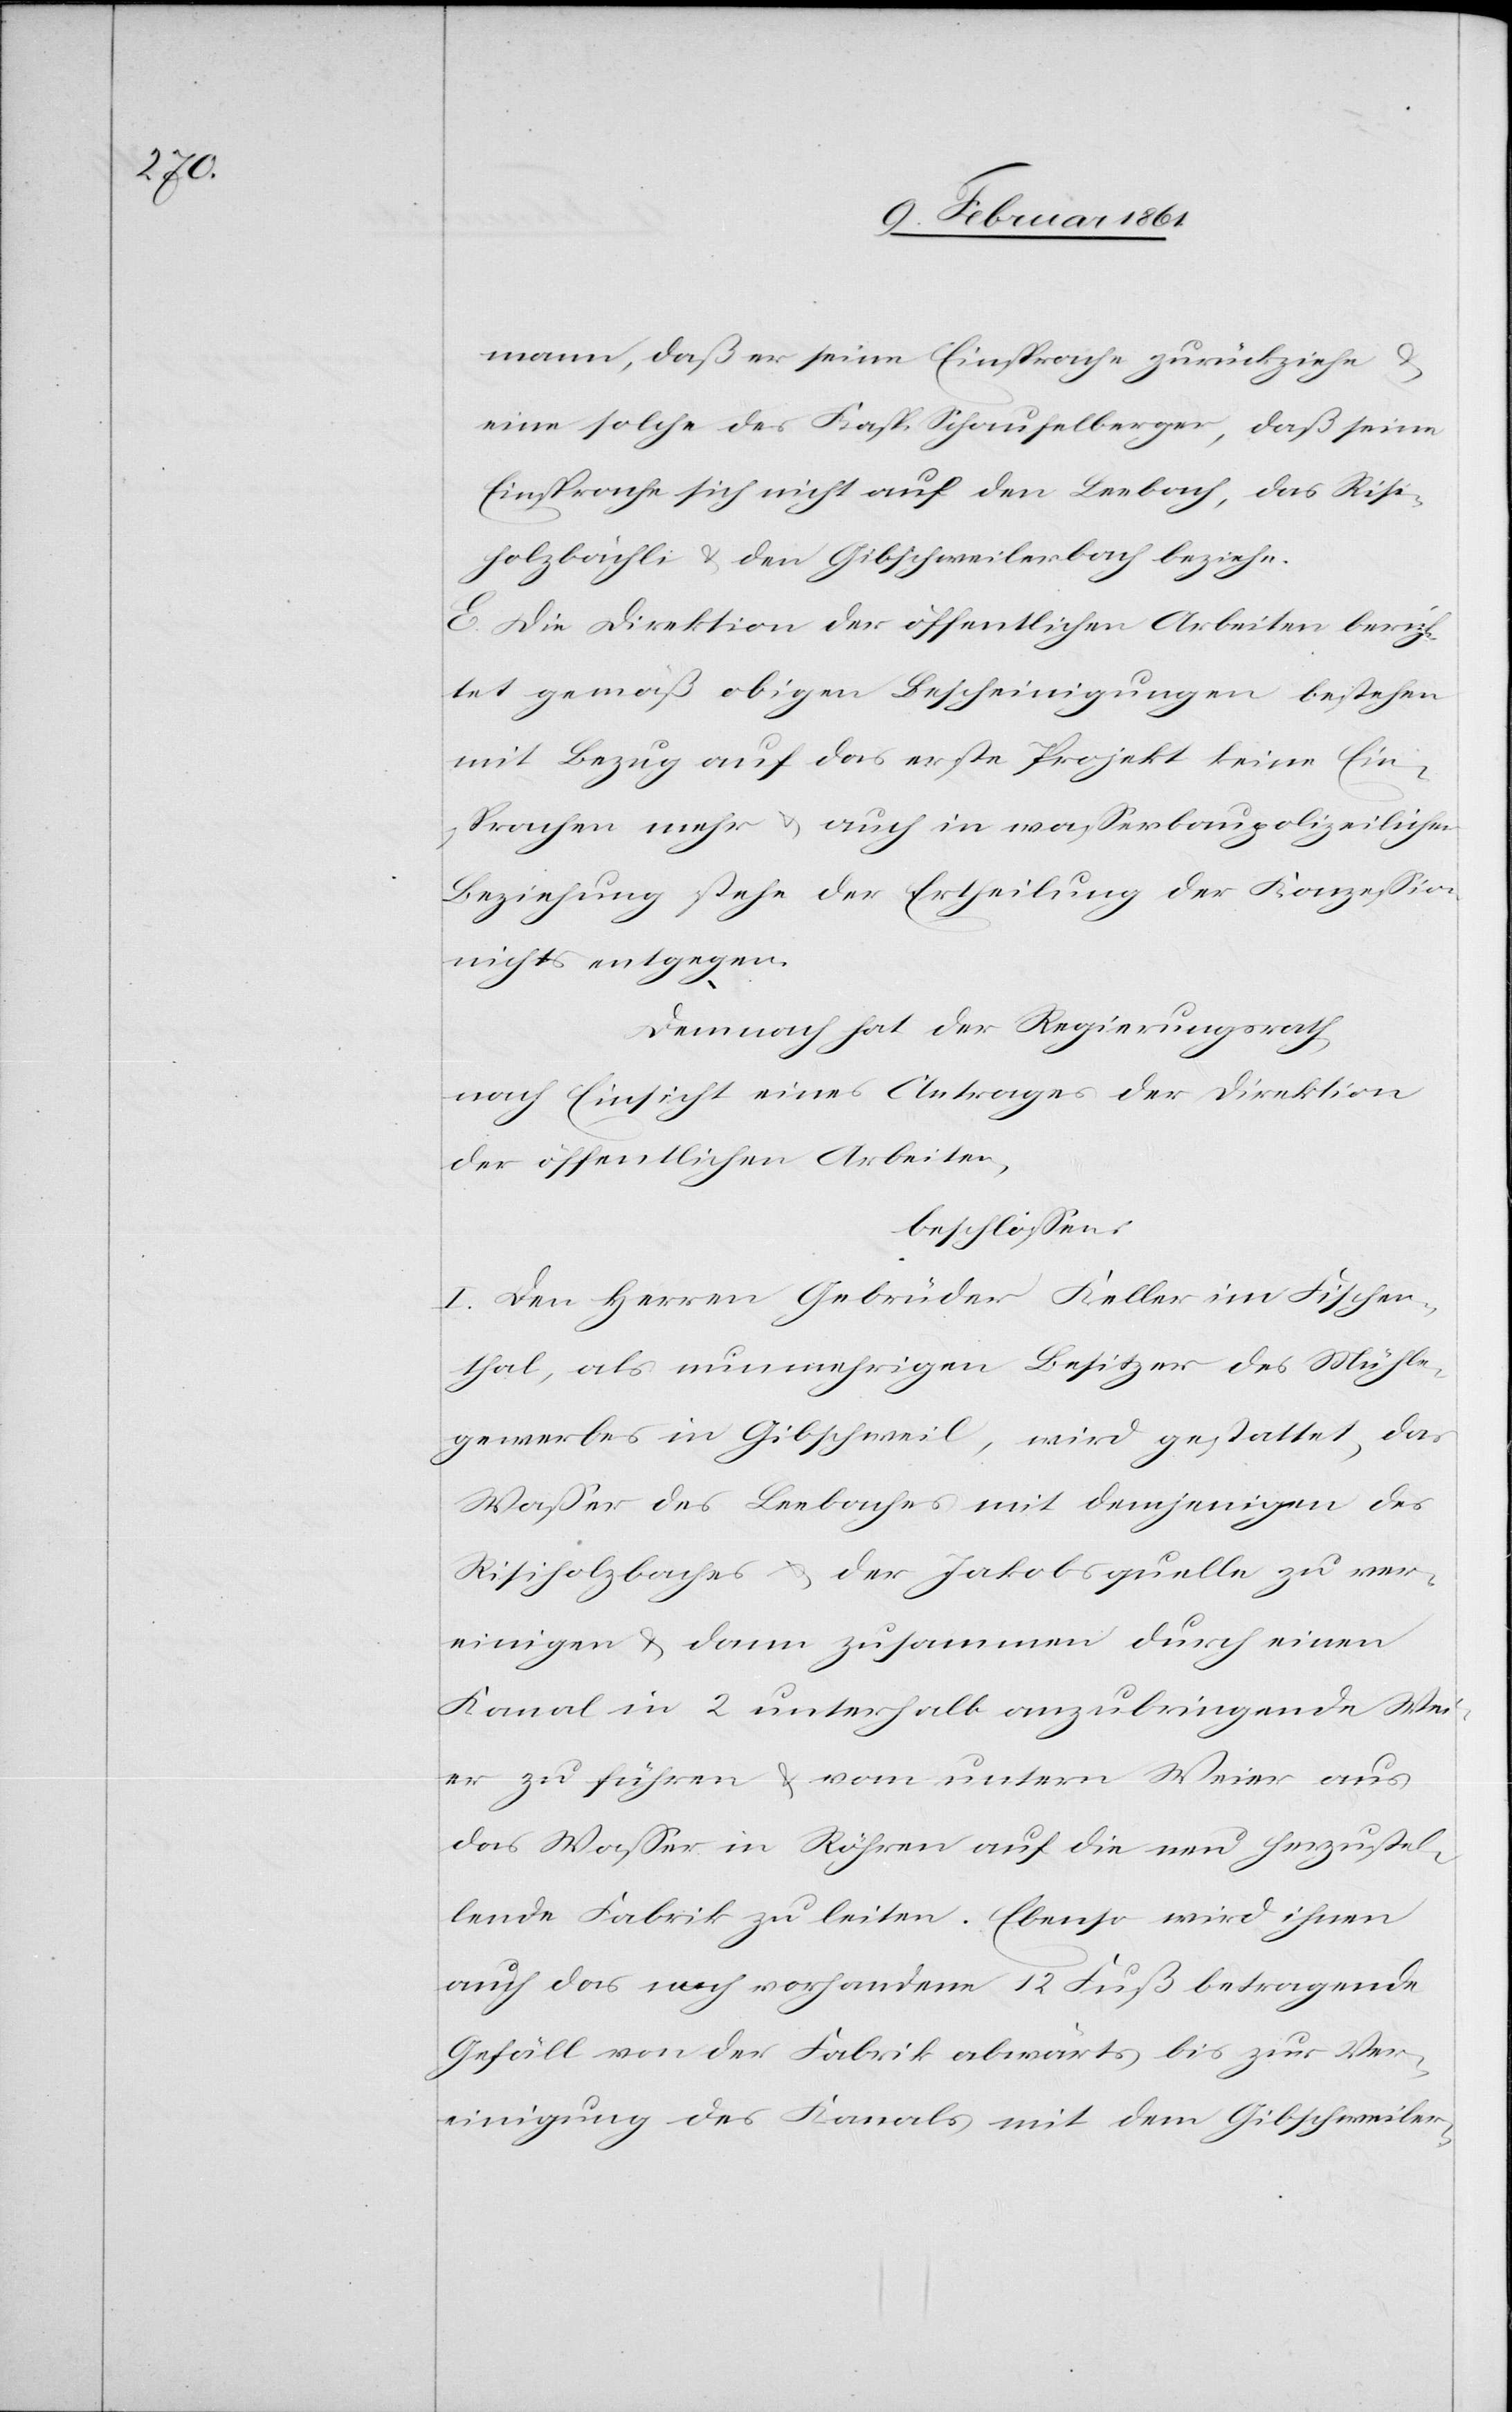
mann, daß er seine Einsprache zurückziehe u.
eine solche des Kasp. Schaufelberger, daß seine
Einsprache sich nicht auf den Leebach, das Risi¬
holzbächli u. den Gibschweilerbach beziehe.
E. Die Direktion der öffentlichen Arbeiten berich¬
tet gemäß obigen Bescheinigungen bestehen
mit Bezug auf das erste Projekt keine Ein¬
sprachen mehr u. auch in wasserbaupolizeilicher
Beziehung stehe der Ertheilung der Konzession
nichts entgegen.
Demnach hat der Regierungsrath,
nach Einsicht eines Antrages der Direktion
der öffentlichen Arbeiten,
beschlossen:
I. Den Herren Gebrüder Keller im Fischen¬
thal, als nunmehrigen Besitzer des Mühle¬
gewerbes in Gibschweil, wird gestattet, das
Wasser des Leebaches mit demjenigen des
Risiholzbaches u. der Jakobsquelle zu ver¬
einigen u. dann zusammen durch einen
Kanal in 2 unterhalb anzubringende Wei¬
er zu führen u. vom untern Weier aus
das Wasser in Röhren auf die nun herzustel¬
lende Fabrik zu leiten. Ebenso wird ihnen
auch das noch vorhandene 12 Fuß betragende
Gefäll von der Fabrik abwärts bis zur Ver¬
einigung des Kanals mit dem Gibschweiler-